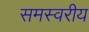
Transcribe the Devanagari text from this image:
समस्वरीय